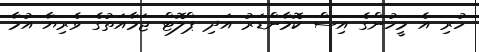
ހުރި އެ މީހުންގެ އިސް ކޮމާންޑަރު އަދި ޕްލޮޓް ޖަމާއަތުގެ ވެރިޔާ އުމާ